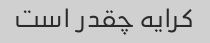
کرایه چقدر است